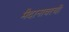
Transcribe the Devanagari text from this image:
मैदानावरची